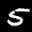
Label: 5